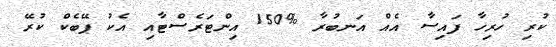
ކުރި ހުރިހާ ފައިސާ އެއް އަނބުރާ %150 އިންޓަރެސްޓާއި އެކު ޕޭބެކް ކުރޭ